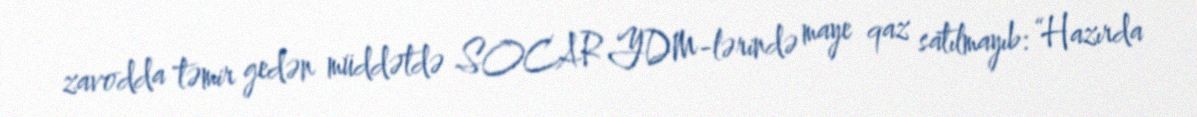
zavodda təmir gedən müddətdə SOCAR YDM-lərində maye qaz satılmayıb: “Hazırda